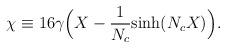
LaTeX: \begin{align*}\chi \equiv 16 \gamma \Big ( X- {1\over N_c}{\rm sinh} (N_cX) \Big ).\end{align*}